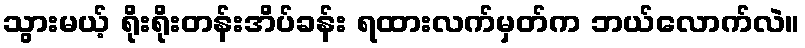
သွားမယ့် ရိုးရိုးတန်းအိပ်ခန်း ရထားလက်မှတ်က ဘယ်လောက်လဲ။